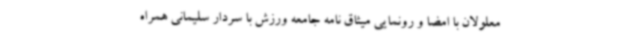
معلولان با امضا و رونمایی میثاق نامه جامعه ورزش با سردار سلیمانی همراه